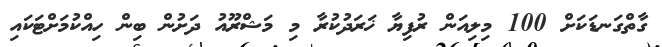
ގާތްގަނޑަކަށް 100 މިލިއަން ރުފިޔާ ޚަރަދުކުރާ މި މަޝްރޫއު ދަށުން ބިން ހިއްކުމަށްޓަކައި